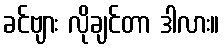
ခင်ဗျား လိုချင်တာ ဒါလား။